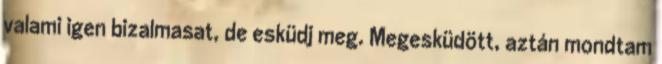
valami igen bizalmasat, de esküdj meg. Megesküdött, aztán mondtam